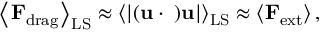
\left\langle { \bf F } _ { \mathrm { d r a g } } \right\rangle _ { \mathrm { L S } } \approx \left\langle { \lvert \bf { ( u \cdot \nabla ) u } \rvert } \right\rangle _ { \mathrm { L S } } \approx \left\langle { \bf F } _ { \mathrm { e x t } } \right\rangle ,